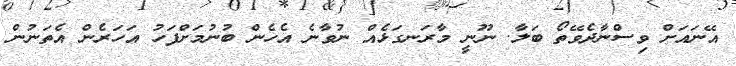
އޭނައަށް ވިސްނާދެވޭތޯ ބަލާ. ނޫނީ މާރަނގަޅެއް ނުވާނެ އެހެން ބުނުމަށްފަހު އަހަރެން އެތަނުން